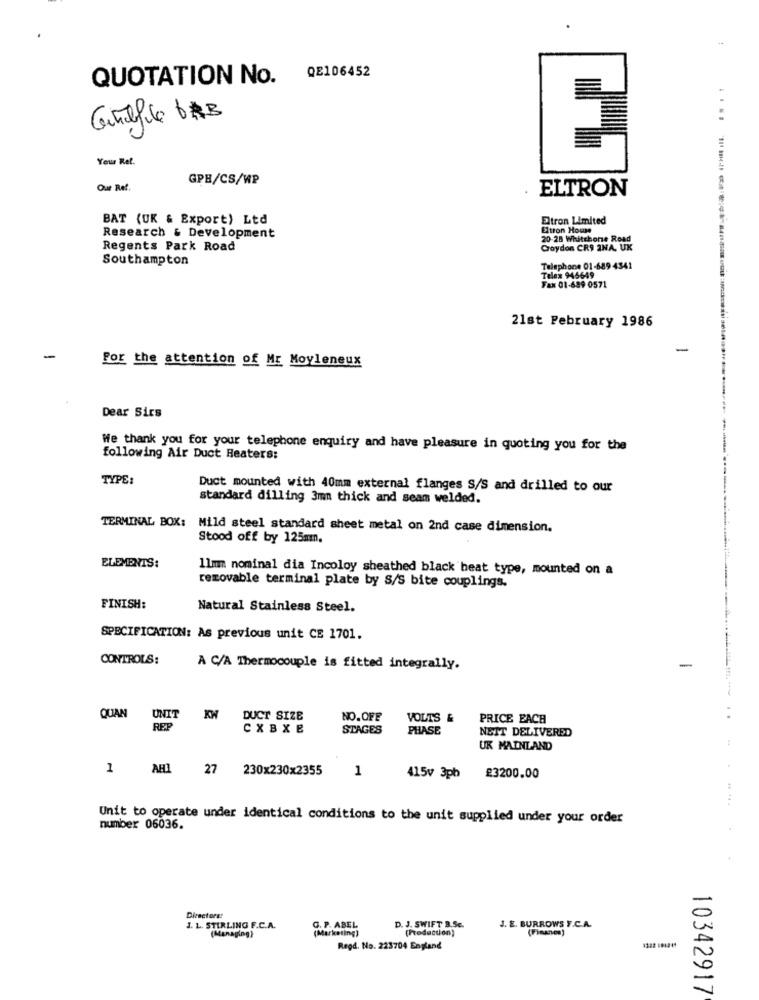
QUOTATION No.
QE106452
....
Your Ret.
GPE/CS/WP
Our Ref.
ELTRON
BAT (UK & Export) Ltd
Eltron Limited
Eltron House
Research & Development
20-28 Whitehone Road
Regents Park Road
Croydon CR9 2NA. UK
Southampton
Telephone 01-689 4341
Telex 946649
Fax 01-699 0571
21st February 1986
-
-
For the attention of Mr Moyleneux
Dear Sirs
We thank you for your telephone enquiry and have pleasure in quoting you for the
following Air Duct Heaters:
TYPE:
Duct mounted with 40mm external flanges S/S and drilled to our
standard dilling 3mm thick and seam welded.
TERMINAL BOX: Mild steel standard sheet metal on 2nd case dimension.
Stood off by 125mm.
ELEMENTS:
llmm nominal dia Incoloy sheathed black beat type, mounted on a
removable terminal plate by S/S bite couplings.
FINISH:
Natural Stainless Steel.
SPECIFICATION: As previous unit CE 1701.
CONTROLS:
A C/A Thermocouple is fitted integrally.
-
QUAN
UNIT
DUCT SIZE
NO.OFE
VOLTS &
PRICE EACH
REP
CXBXE
STAGES
PHASE
NEIT DELIVERED
..
UK MAINLAND
1
AHI 27 230x230x2355
1
415v 3pb
£3200.00
Unit to operate under identical conditions to the unit supplied under your order
number 06036.
Directors:
D. J. SWIFT B.Sc.
J. E. BURROWS F.C.A.
J. L. STIRLING F.C.A.
(Managing)
G. P. ABEL
(Marketing)
(Production)
(Financs)
Regd. No. 223704 England
10342917